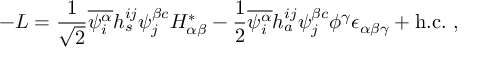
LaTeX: - { \cal L } = { \frac { 1 } { \sqrt { 2 } } } \overline { { { \psi _ { i } ^ { \alpha } } } } h _ { s } ^ { i j } \psi _ { j } ^ { \beta c } H _ { \alpha \beta } ^ { * } - { \frac { 1 } { 2 } } \overline { { { \psi _ { i } ^ { \alpha } } } } h _ { a } ^ { i j } \psi _ { j } ^ { \beta c } \phi ^ { \gamma } \epsilon _ { \alpha \beta \gamma } + \mathrm { h . c . } \ ,